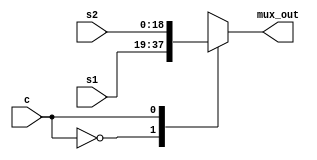
module mux2_1(input [18:0] s1
            , input [18:0] s2
            , input c
            , output reg [18:0] mux_out);

always@(*)
begin
    case(c)
    1'b0: mux_out = s1;
    1'b1: mux_out = s2;
    endcase
end
endmodule